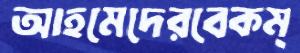
আহমেদেরবেকম্